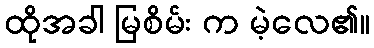
ထိုအခါ မြစိမ်း က မဲ့လေ၏။